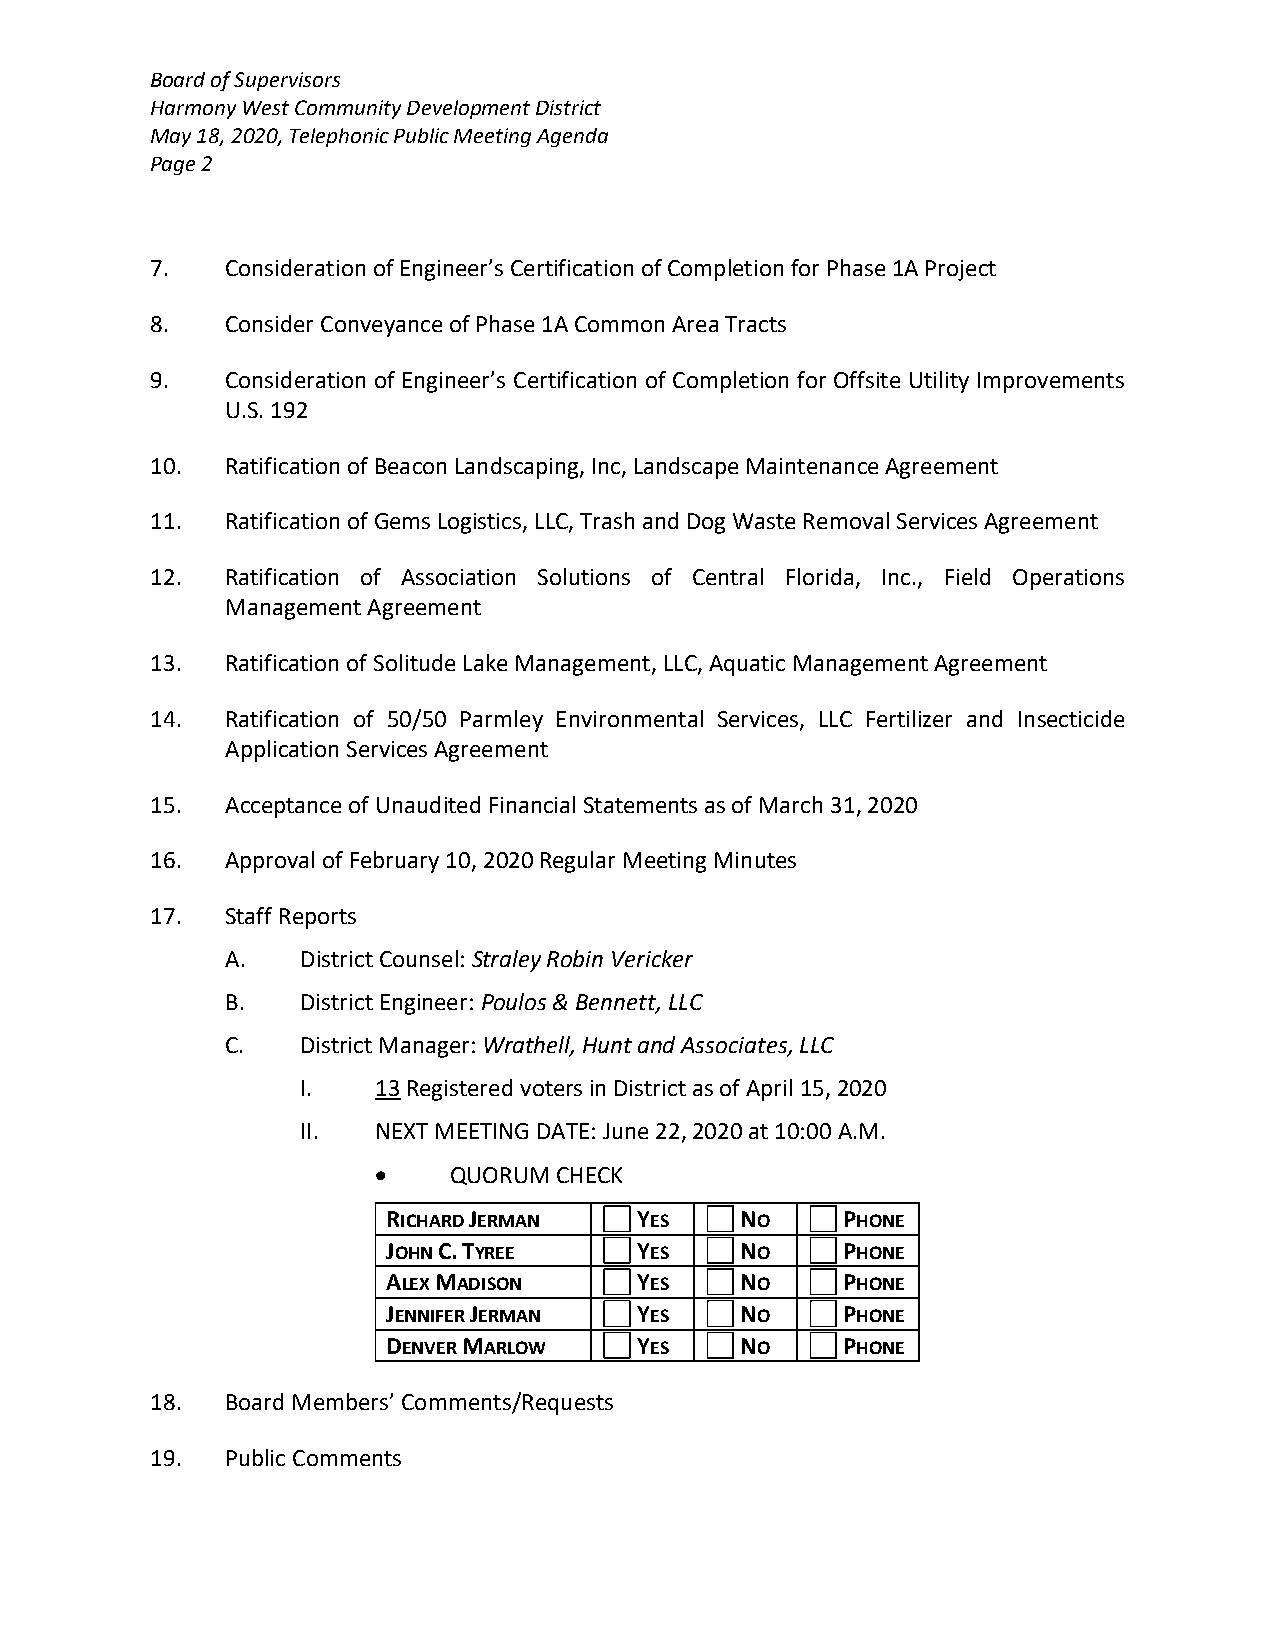
Board of Supervisors
 Harmony West Community Development District
 May 18, 2020, Telephonic Public Meeting Agenda
 Page 2
 7.   Consideration of Engineer’s Certification of Completion for Phase 1A Project
 8.   Consider Conveyance of Phase 1A Common Area Tracts
 9.   Consideration of Engineer’s Certification of Completion for Offsite Utility Improvements
 U.S. 192
 10.  Ratification of Beacon Landscaping, Inc, Landscape Maintenance Agreement
 11.  Ratification of Gems Logistics, LLC, Trash and Dog Waste Removal Services Agreement
 12.  Ratification of Association Solutions of Central Florida, Inc., Field Operations
 Management Agreement
 13.  Ratification of Solitude Lake Management, LLC, Aquatic Management Agreement
 14.  Ratification of 50/50 Parmley Environmental Services, LLC Fertilizer and Insecticide
 Application Services Agreement
 15.  Acceptance of Unaudited Financial Statements as of March 31, 2020
 16.  Approval of February 10, 2020 Regular Meeting Minutes
 17.  Staff Reports
 A.   District Counsel: Straley Robin Vericker
 B.   District Engineer: Poulos & Bennett, LLC
 C.   District Manager: Wrathell, Hunt and Associates, LLC
 I.   13 Registered voters in District as of April 15, 2020
 II.  NEXT MEETING DATE: June 22, 2020 at 10:00 A.M.
     QUORUM CHECK
 RICHARD JERMAN  YES    NO     PHONE
 JOHN C. TYREE   YES    NO     PHONE
 ALEX MADISON    YES    NO     PHONE
 JENNIFER JERMAN YES    NO     PHONE
 DENVER MARLOW   YES    NO     PHONE
 18.  Board Members’ Comments/Requests
 19.  Public Comments